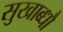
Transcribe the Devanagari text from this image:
सुखाब्धौ